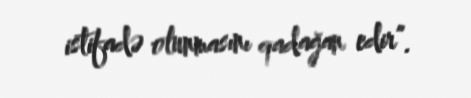
istifadə olunmasını qadağan edir”.